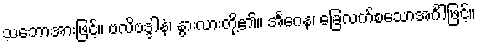
သဘောအားဖြင့်။ ဗလိဗဒ္ဒါနံ၊ နွားလားတို့၏။ အင်္ဂေန၊ ခြေလက်စသောအင်္ဂါဖြင့်။